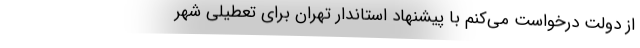
از دولت درخواست می‌کنم با پیشنهاد استاندار تهران برای تعطیلی شهر